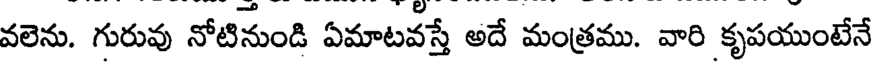
వలెను. గురువు నోటినుండి ఏమాటవస్తే అదే మంత్రము. వారి కృపయుంటేనే